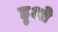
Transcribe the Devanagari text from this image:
ह्रुओ